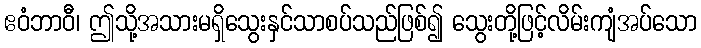
ဧဝံဘာဝီ၊ ဤသို့အသားမရှိသွေးနှင်သာစပ်သည်ဖြစ်၍ သွေးတို့ဖြင့်လိမ်းကျံအပ်သော